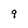
Character: 9